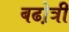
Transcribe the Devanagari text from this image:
बढो़त्री